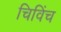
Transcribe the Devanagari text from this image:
चिविंच